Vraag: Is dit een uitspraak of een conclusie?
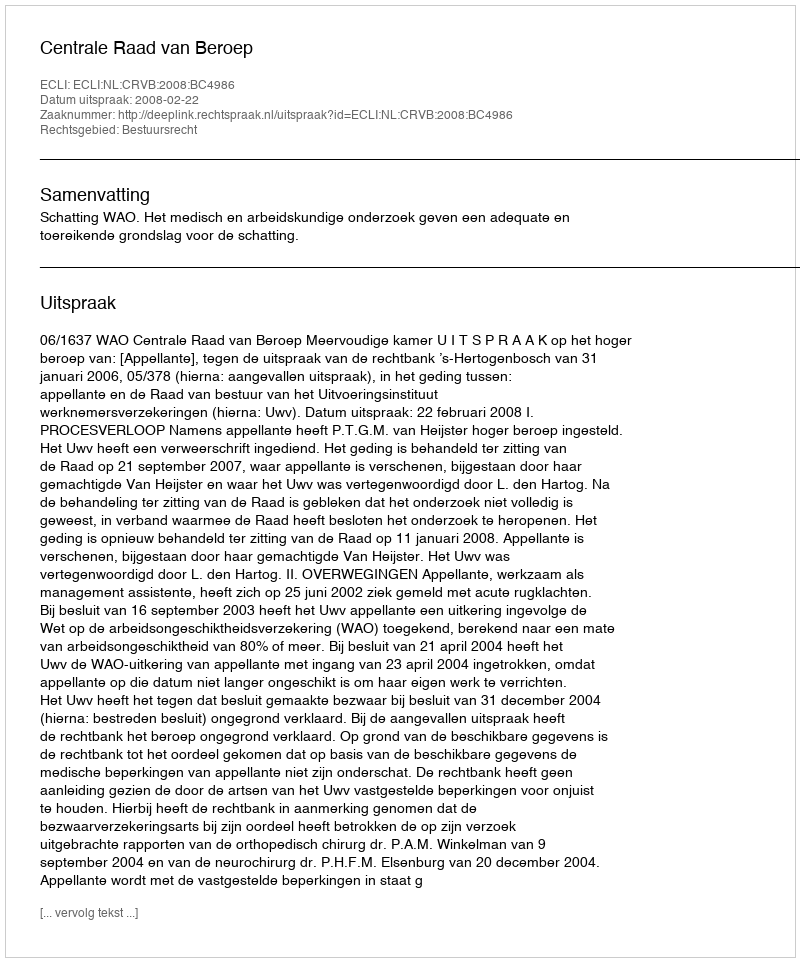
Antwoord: Uitspraak